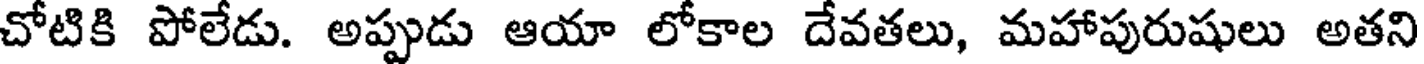
చోటికి పోలేడు. అప్పుడు ఆయా లోకాల దేవతలు, మహాపురుషులు అతని